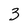
Character: 3